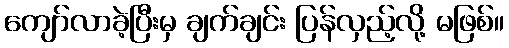
ကျော်လာခဲ့ပြီးမှ ချက်ချင်း ပြန်လှည့်လို့ မဖြစ်။